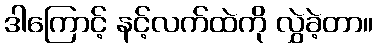
ဒါကြောင့် နင့်လက်ထဲကို လွှဲခဲ့တာ။